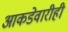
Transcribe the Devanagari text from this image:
आकडेवारीही